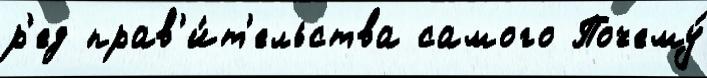
р'ед прав'и́т'ельства самого Почему́